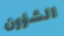
الشؤون